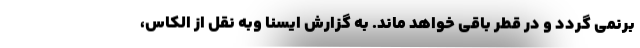
برنمی گردد و در قطر باقی خواهد ماند. به گزارش ایسنا وبه نقل از الکاس،